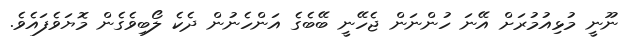
ނޫނީ މުޅިއުމުރަށް އޭނަ ހުންނަން ޖެހޭނީ ބޭބެގެ އަންހެނުން ދެކެ ލޯބިވެގެން މޮޔަވެފައެވެ.